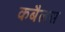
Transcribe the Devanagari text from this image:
कबैलस